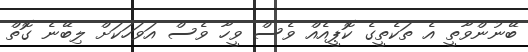
ބޭނުންވާތީ އެ ތަކެތީގެ ކޮޕީއެއް ވެސް ވީހާ ވެސް އަވަހަކަށް ލިބޭނެ ގޮތް